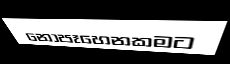
නොපෑහෙනකමට